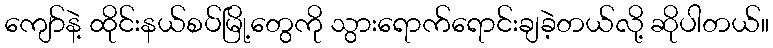
ကျော်နဲ့ ထိုင်းနယ်စပ်မြို့တွေကို သွားရောက်ရောင်းချခဲ့တယ်လို့ ဆိုပါတယ်။